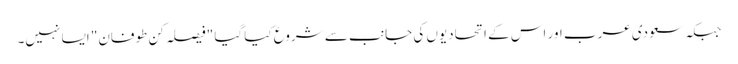
جبکہ سعودی عرب اور اس کے اتحادیوں کی جانب سے شروع کیا گیا "فیصلہ کن طوفان" ایسا نہیں۔